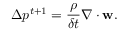
\Delta p ^ { t + 1 } = \frac { \rho } { \delta t } \nabla \cdot \mathbf { w } .